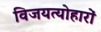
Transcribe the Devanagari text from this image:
विजयत्योहारों